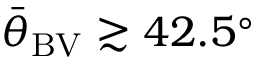
{ \bar { \theta } } _ { \mathrm { B V } } \gtrsim 4 2 . 5 ^ { \circ }